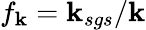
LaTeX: f_{\mathbf{k}}=\mathbf{k}_{sgs}/\mathbf{k}